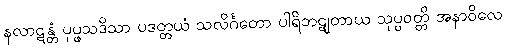
နလာဋန္တံ ပုပ္ဖသဒိသာ ပဒတ္တယံ သလိင်္ဂတော ပါရိဘဋျတာယ သုပ္ပဝတ္တိ အနာဝိလေ